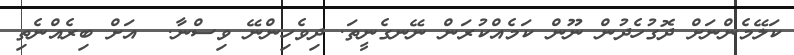
ކަލޭމެންނަށް ދޮގުހެދުން ނޫން ކަމެއްކުރަން ނޭނގެނީތަ. ދިވެހިންނޭ ވިސްނާ.  އަށް ބިރެއްނެތި